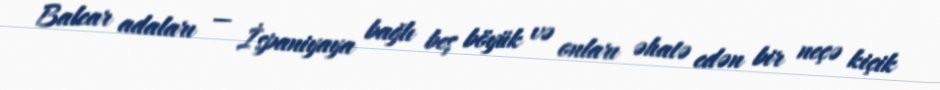
Balear adaları — İspaniyaya bağlı beş böyük və onları əhatə edən bir neçə kiçik